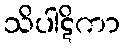
သိပါဋိကာ